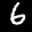
Label: 6